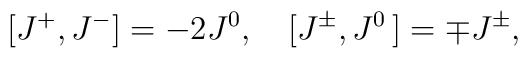
[J^+, J^-]=-2J^0, \quad [J^\pm, J^0\,]=\mp J^\pm,